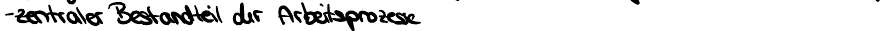
-zentraler Bestandteil der Arbeitsprozesse